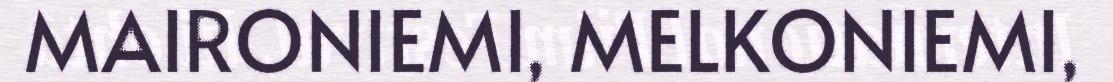
MAIRONIEMI, MELKONIEMI,